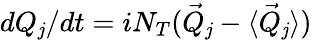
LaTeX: dQ_{\mathit{j}}/dt=iN_{T}(\vec{{Q}}_{\mathit{j}}-\langle\vec{{Q}}_{\mathit{j}}\rangle)